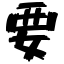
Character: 要